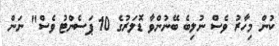
ކުން މިހާރު ވެސް ނުލިބެ ބޭނުންވާ ޑޮލަރުގެ 10 ޕަސެންޓު ވެސް" ނަން